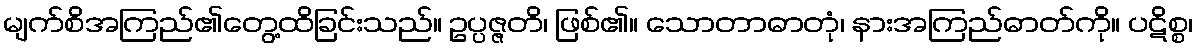
မျက်စိအကြည်၏တွေ့ထိခြင်းသည်။ ဥပ္ပဇ္ဇတိ၊ ဖြစ်၏။ သောတာဓာတုံ၊ နားအကြည်ဓာတ်ကို။ ပဋိစ္စ၊